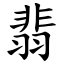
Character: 翡